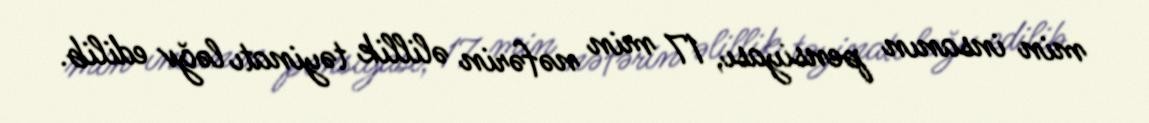
min insanın pensiyası, 17 min nəfərin əlillik təyinatı ləğv edilib.